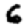
Digit: 6